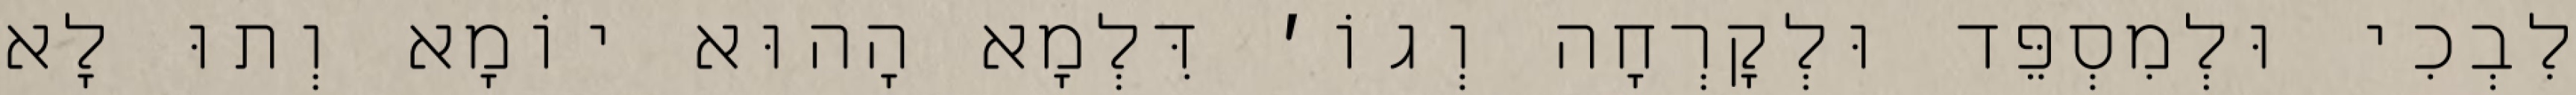
לִבְכִי וּלְמִסְפֵּד וּלְקׇרְחָה וְגוֹ׳ דִּלְמָא הָהוּא יוֹמָא וְתוּ לָא